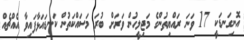
އޮނިގަނޑަކީ 17 ވަނަ ރައްޔިތުންގެ މަޖިލީހުން ވަރަށް ބުރަ މަސައްކަތުން ކަނޑައަޅާފައިވާ އެއްޗެއް